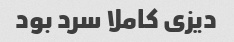
دیزی کاملا سرد بود